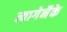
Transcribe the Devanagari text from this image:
त्यागेनैके